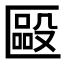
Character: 𠥝